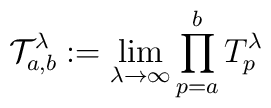
\mathcal{T}_{a,b}^{\lambda }:=\lim_{\lambda \rightarrow \infty}\prod_{p=a}^{b}T_{p}^{\lambda }\,